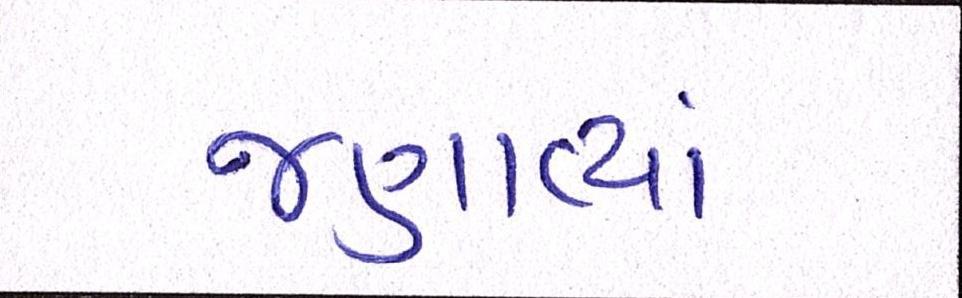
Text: જણાવ્યાં